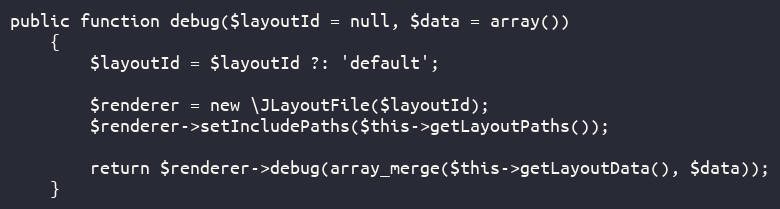
Language: PHP
public function debug($layoutId = null, $data = array())
	{
		$layoutId = $layoutId ?: 'default';

		$renderer = new \JLayoutFile($layoutId);
		$renderer->setIncludePaths($this->getLayoutPaths());

		return $renderer->debug(array_merge($this->getLayoutData(), $data));
	}